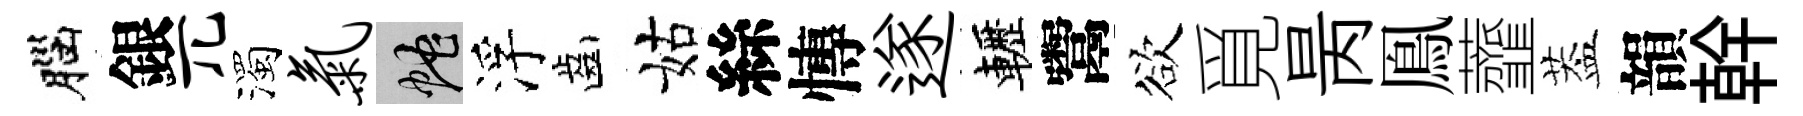
腦銀兀濁气蛇浮齒姑絲慱遂轣鬻欲覓昺鳯虀葢韻幹